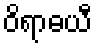
ဝိရာဓယီ